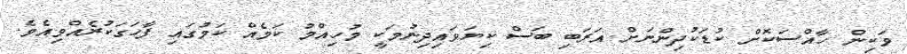
ވަކިން ހާއްސަކޮށް ކުޑަކުދިންނަށް އަރަބި ބަސް ކިޔަވައިދިނުމަކީ މުހިއްމު ކަމެއް ކަމުގައި ފާހަގަކުރެއްވިއެވެ.